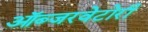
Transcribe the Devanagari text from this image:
ऑब्जरवेटोरी